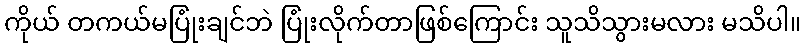
ကိုယ် တကယ်မပြုံးချင်ဘဲ ပြုံးလိုက်တာဖြစ်ကြောင်း သူသိသွားမလား မသိပါ။